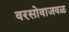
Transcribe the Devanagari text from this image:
वरसोवाजवळ